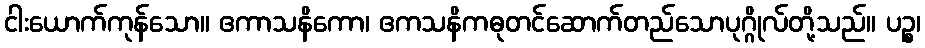
ငါးယောက်ကုန်သော။ ဧကာသနိကော၊ ဧကသနိကဓုတင်ဆောက်တည်သောပုဂ္ဂိုလ်တို့သည်။ ပဉ္စ၊